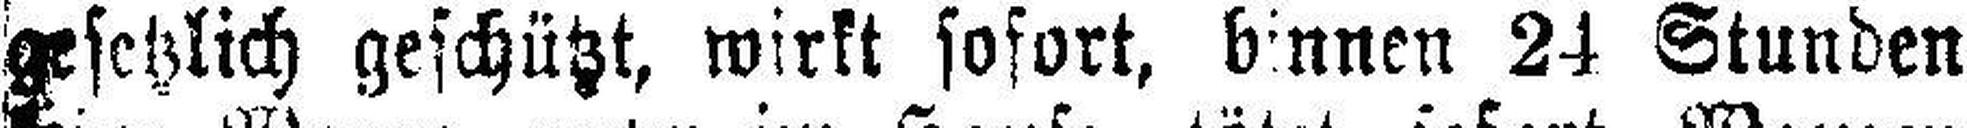
gesetzlich geschützt, wirkt sofort, binnen 24 Stunden